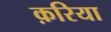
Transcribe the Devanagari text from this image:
क़रिया